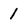
Character: 1